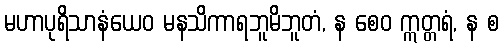
မဟာပုရိသာနံယေဝ မနသိကာရဘူမိဘူတံ, န စေဝ ဣတ္တရံ, န စ